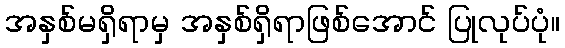
အနှစ်မရှိရာမှ အနှစ်ရှိရာဖြစ်အောင် ပြုလုပ်ပုံ။